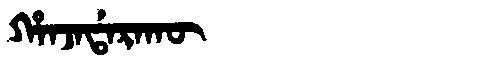
Manchu: ᡥᠠᠨᠵᠠᡩᠠᡵᠠᡴᡡ
Romanization: HANJADARAKŪ